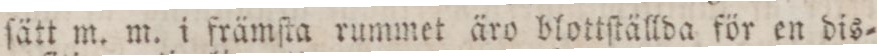
ſätt m. m. i främſta rummet äro blottſtällda för en dis=